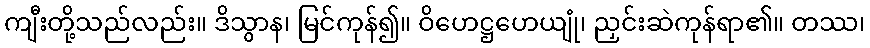
ကျီးတို့သည်လည်း။ ဒိသွာန၊ မြင်ကုန်၍။ ဝိဟေဋ္ဌဟေယျုံ၊ ညှင်းဆဲကုန်ရာ၏။ တဿ၊